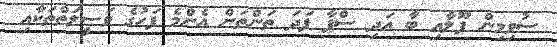
ސުވިމިން ޕޫލާއި ބާ އަދި ސްޕާ ފަދަ ތަންތަން އެންމެ ފަހުގެ ވަސީލަތްތަކާއި